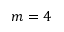
m = 4